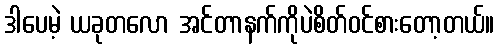
ဒါပေမဲ့ ယခုတလော အင်တာနက်ကိုပဲစိတ်ဝင်စားတော့တယ်။